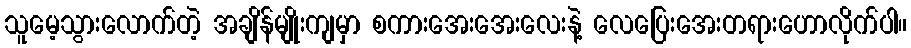
သူမေ့သွားလောက်တဲ့ အချိန်မျိုးကျမှာ စကားအေးအေးလေးနဲ့ လေပြေးအေးတရားဟောလိုက်ပါ။